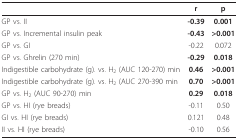
|  | r | p |
 | --- | --- | --- |
 | GP vs. II | -0.39 | 0.001 |
 | GP vs. Incremental insulin peak | -0.43 | >0.001 |
 | GP vs. GI | -0.22 | 0.072 |
 | GP vs. Ghrelin (270 min) | -0.29 | 0.018 |
 | Indigestible carbohydrate (g). vs. H2 (AUC 120-270) min | 0.46 | >0.001 |
 | Indigestible carbohydrate (g). vs. H2 (AUC 270-390 min | 0.70 | >0.001 |
 | GP vs. H2 (AUC 90-270) min | 0.29 | 0.018 |
 | GP vs. HI (rye breads) | -0.11 | 0.50 |
 | GI vs. HI (rye breads) | 0.121 | 0.48 |
 | II vs. HI (rye breads) | -0.10 | 0.56 |